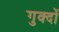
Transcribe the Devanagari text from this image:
गुक्दों